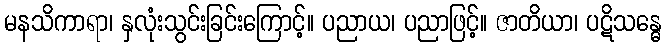
မနသိကာရာ၊ နှလုံးသွင်းခြင်းကြောင့်။ ပညာယ၊ ပညာဖြင့်။ ဇာတိယာ၊ ပဋိသန္ဓေ